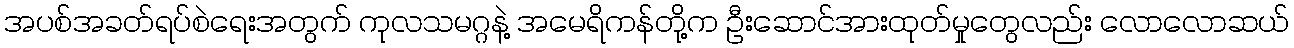
အပစ်အခတ်ရပ်စဲရေးအတွက် ကုလသမဂ္ဂနဲ့ အမေရိကန်တို့က ဦးဆောင်အားထုတ်မှုတွေလည်း လောလောဆယ်